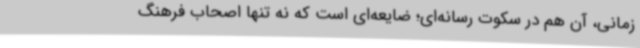
زمانی، آن هم در سکوت رسانه‌ای؛ ضایعه‌ای است که نه تنها اصحاب فرهنگ